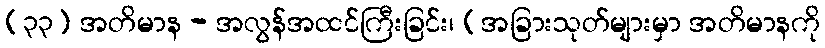
(၃၃) အတိမာန - အလွန်အထင်ကြီးခြင်း၊ (အခြားသုတ်များမှာ အတိမာနကို